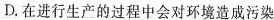
D. 在进行生产的过程中会对环境造成污染